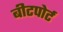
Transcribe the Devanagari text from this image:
बीटपोर्ट